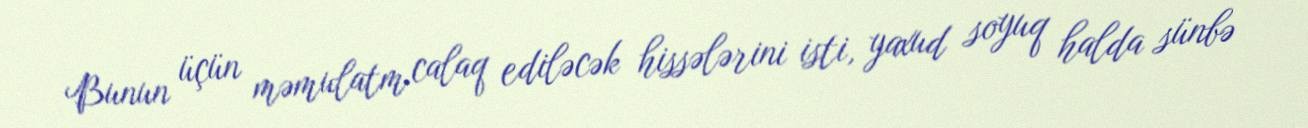
Bunun üçün məmulatm calaq ediləcək hissələrini isti, yaxud soyuq halda sünbə